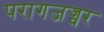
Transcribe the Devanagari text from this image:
परागजज्वर